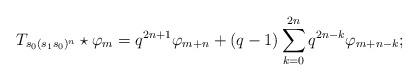
LaTeX: \begin{align*}T_{s_0(s_1s_0)^n}\star\varphi_m=q^{2n+1}\varphi_{m+n}+(q-1)\sum_{k=0}^{2n}q^{2n-k}\varphi_{m+n-k};\end{align*}